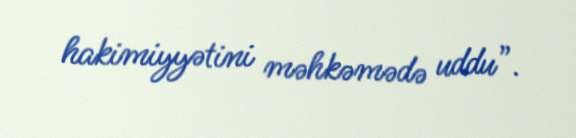
hakimiyyətini məhkəmədə uddu”.